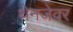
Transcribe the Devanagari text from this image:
थेनजेवर